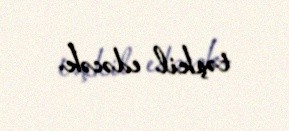
təşkil edəcək.